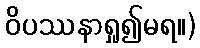
ဝိပဿနာရှု၍မရ။)